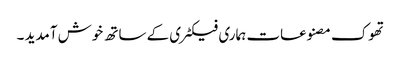
تھوک مصنوعات ہماری فیکٹری کے ساتھ خوش آمدید ۔